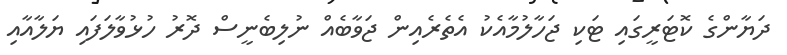
ދަޔާންގެ ކޮޓަރީގައި ޓަކި ޖަހާލުމާއެކު އެތެރެއިން ޖަވާބެއް ނުލިބެނީސް ދޮރު ހުޅުވާލަފައި ޔަލާއާއި